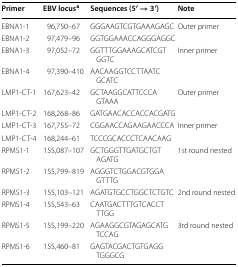
<table><thead><tr><td><b>Primer</b></td><td><b>EBV locus<sup>a</sup></b></td><td><b>Sequences (5′ → 3′)</b></td><td><b>Note</b></td></tr></thead><tbody><tr><td>EBNA1-1</td><td>96,750–67</td><td>GGGAAGTCGTGAAAGAGC</td><td rowspan="2">Outer primer</td></tr><tr><td>EBNA1-2</td><td>97,479–96</td><td>GGTGGAAACCAGGGAGGC</td></tr><tr><td>EBNA1-3</td><td>97,052–72</td><td>GGTTTGGAAAGCATCGTGGTC</td><td rowspan="2">Inner primer</td></tr><tr><td>EBNA1-4</td><td>97,390–410</td><td>AACAAGGTCCTTAATCGCATC</td></tr><tr><td>LMP1-CT-1</td><td>167,623–42</td><td>GCTAAGGCATTCCCAGTAAA</td><td rowspan="2">Outer primer</td></tr><tr><td>LMP1-CT-2</td><td>168,268–86</td><td>GATGAACACCACCACGATG</td></tr><tr><td>LMP1-CT-3</td><td>167,755–72</td><td>CGGAACCAGAAGAACCCA</td><td rowspan="2">Inner primer</td></tr><tr><td>LMP1-CT-4</td><td>168,244–61</td><td>TCCCGCACCCTCAACAAG</td></tr><tr><td>RPMS1-1</td><td>155,087–107</td><td>GCTGGGTTGATGCTGTAGATG</td><td rowspan="2">1st round nested</td></tr><tr><td>RPMS1-2</td><td>155,799–819</td><td>AGGGTCTGGACGTGGAGTTTG</td></tr><tr><td>RPMS1-3</td><td>155,103–121</td><td>AGATGTGCCTGGCTCTGTC</td><td rowspan="2">2nd round nested</td></tr><tr><td>RPMS1-4</td><td>155,543–63</td><td>CAATGACTTTGTCACCTTTGG</td></tr><tr><td>RPMS1-5</td><td>155,199–220</td><td>AGAAGGCGTAGAGCATGTCCAG</td><td rowspan="2">3rd round nested</td></tr><tr><td>RPMS1-6</td><td>155,460–81</td><td>GAGTACGACTGTGAGGTGGGCG</td></tr></tbody></table>